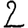
Digit: 2